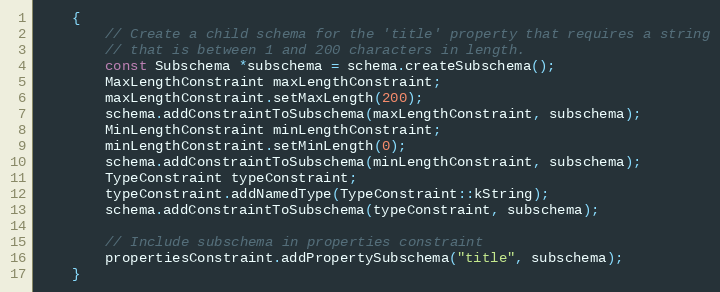
Language: C++
    {
        // Create a child schema for the 'title' property that requires a string
        // that is between 1 and 200 characters in length.
        const Subschema *subschema = schema.createSubschema();
        MaxLengthConstraint maxLengthConstraint;
        maxLengthConstraint.setMaxLength(200);
        schema.addConstraintToSubschema(maxLengthConstraint, subschema);
        MinLengthConstraint minLengthConstraint;
        minLengthConstraint.setMinLength(0);
        schema.addConstraintToSubschema(minLengthConstraint, subschema);
        TypeConstraint typeConstraint;
        typeConstraint.addNamedType(TypeConstraint::kString);
        schema.addConstraintToSubschema(typeConstraint, subschema);

        // Include subschema in properties constraint
        propertiesConstraint.addPropertySubschema("title", subschema);
    }